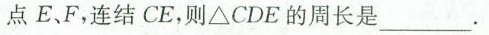
点E、F，连结CE，则ΔCDE的周长是___。